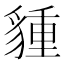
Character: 𧳮